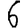
Digit: 6